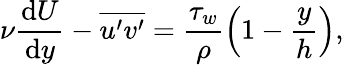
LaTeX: \nu\frac{\mathrm{d}U}{\mathrm{d}y}-\overline{{u^{\prime}v^{\prime}}}=\frac{\tau_{w}}{\rho}\left(1-\frac{y}{h}\right),